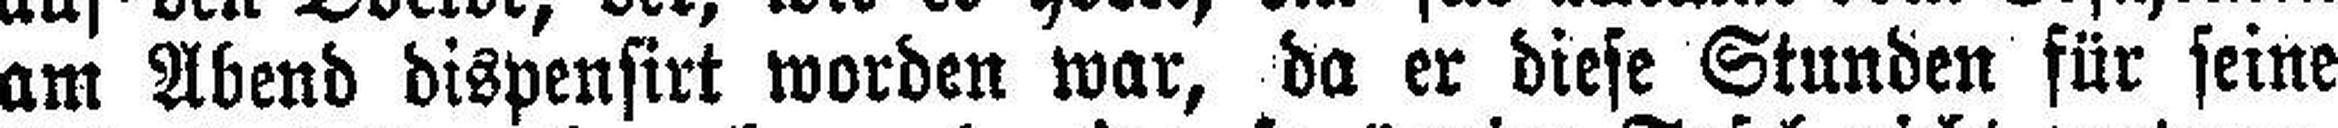
am Abend dispensirt worden war, da er diese Stunden für seine